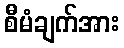
စီမံချက်အား